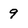
Character: 9